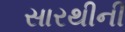
સારથીની